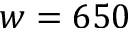
w = 6 5 0